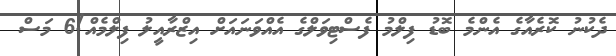
ދެކުނު ކޮރެއާގެ އެންމެ ބޮޑު ފިލްމު ފެސްޓިވަލްގެ އެއްވަނައަށް އިޒްރާއީލު ފިލްމެއް!6 މަސް